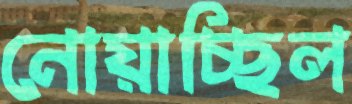
নোয়াচ্ছিল